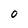
Character: 0